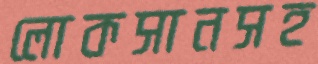
লোকসানসহ